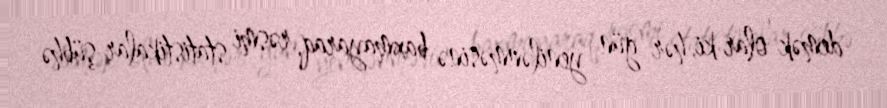
demək olar ki, hər gün yenilənməsinə baxmayaraq, rəsmi statistikalar şübhə